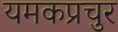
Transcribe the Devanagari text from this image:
यमकप्रचुर